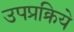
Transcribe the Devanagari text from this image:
उपप्रक्रिये